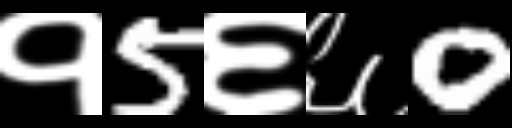
Text: १5६६0